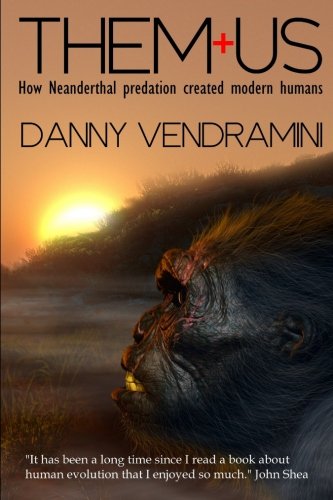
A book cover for Them and Us: How Neanderthal Predation Created Modern Humans; Danny Vendramini; Science & Math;